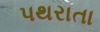
પથરાતા